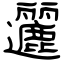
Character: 邐